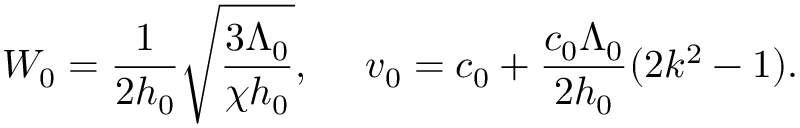
W _ { 0 } = \frac { 1 } { 2 h _ { 0 } } \sqrt { \frac { 3 \Lambda _ { 0 } } { \chi h _ { 0 } } } , ~ ~ ~ ~ v _ { 0 } = c _ { 0 } + \frac { c _ { 0 } \Lambda _ { 0 } } { 2 h _ { 0 } } ( 2 k ^ { 2 } - 1 ) .